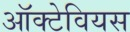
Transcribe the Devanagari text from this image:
ऑक्टेवियस